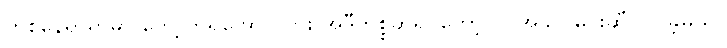
တစ်နေရာရာမှာ တွေ့ကြရအောင်လား အဲဒီကိစ္စဆိုရင်တော့ ငါ အခုပဲ မင်းဆီ လာခဲ့မယ်။